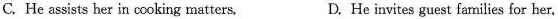
C. He assists her in cooking matters. D, He invites guest families for her.